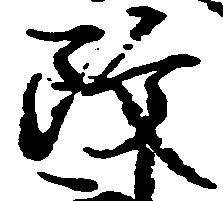
改